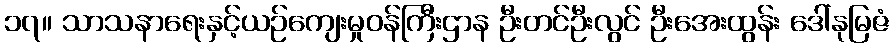
၁၇။ သာသနာရေးနှင့်ယဉ်ကျေးမှုဝန်ကြီးဌာန ဦးတင်ဦးလွင် ဦးအေးထွန်း ဒေါ်နုမြဇံ